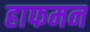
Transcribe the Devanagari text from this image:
हाफमन